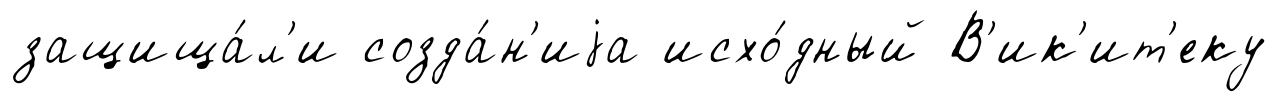
защища́л'и созда́н'иjа исхо́дный В'ик'ит'еку